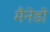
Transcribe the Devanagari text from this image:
मैनेडो